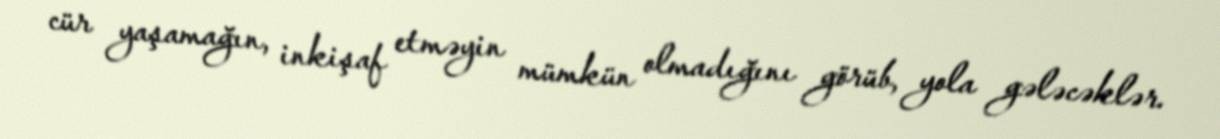
cür yaşamağın, inkişaf etməyin mümkün olmadığını görüb, yola gələcəklər.